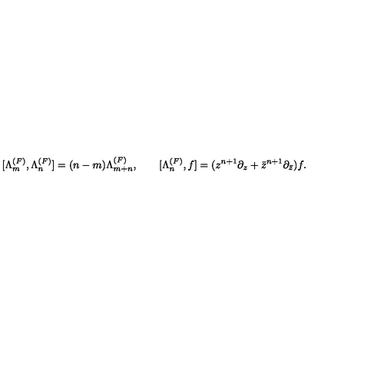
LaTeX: [ \Lambda _ { m } ^ { ( F ) } , \Lambda _ { n } ^ { ( F ) } ] = ( n - m ) \Lambda _ { m + n } ^ { ( F ) } , \qquad [ \Lambda _ { n } ^ { ( F ) } , f ] = ( z ^ { n + 1 } \partial _ { z } + { \bar { z } } ^ { n + 1 } \partial _ { \bar { z } } ) f .